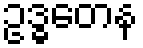
ဥဒ္ဓတေန